Report on sanitation, dispensaries, and jails in Rajputana for 1911, and on vaccination for the year 1911-1912 - 1911-1912
Year: 1911
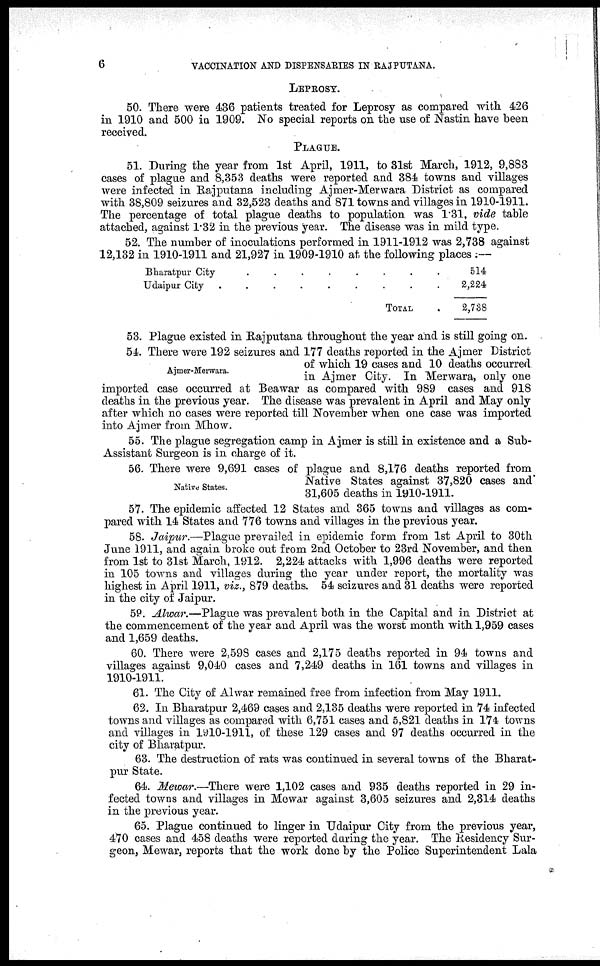
6
VACCINATION AND DISPENSARIES IN RAJPUTANA.
LEPROSY.
50. There were 436 patients treated for Leprosy as compared with 426
in 1910 and 500 in 1909. No special reports on the use of Nastin have been
received.
PLAGUE.
51. During the year from 1st April, 1911, to 31st March, 1912, 9,883
cases of plague and 8,353 deaths were reported and 384 towns and villages
were infected in Rajputana including Ajmer-Merwara District as compared
with 38,809 seizures and 32,523 deaths and 871 towns and villages in 1910-1911.
The percentage of total plague deaths to population was 1.31, vide table
attached, against 1.32 in the previous year. The disease was in mild type.
52. The number of inoculations performed in 1911-1912 was 2,738 against
12,132 in 1910-1911 and 21,927 in 1909-1910 at the following places :—
Bharatpur City
.
.
.
.
Udaipur City
.
.
.
.
TOTAL .
514
2,224
2,738
53. Plague existed in Rajputana throughout the year and is still going on.
Ajmer-Merwara.
54. There were 192 seizures and 177 deaths reported in the Ajmer District
of which 19 cases and 10 deaths occurred
in Ajmer City. In Merwara, only one
imported case occurred at Beawar as compared with 989 cases and 918
deaths in the previous year. The disease was prevalent in April and May only
after which no cases were reported till November when one case was imported
into Ajmer from Mhow.
55. The plague segregation camp in Ajmer is still in existence and a Sub-
Assistant Surgeon is in charge of it.
Native States.
56. There were 9,691 cases of plague and 8,176 deaths reported from
Native States against 37,820 cases and
31,605 deaths in 1910-1911.
57. The epidemic affected 12 States and 365 towns and villages as com-
pared with 14 States and 776 towns and villages in the previous year.
58. Jaipur.—Plague prevailed in epidemic form from 1st April to 30th
June 1911, and again broke out from 2nd October to 23rd November, and then
from 1st to 31st March, 1912. 2,224 attacks with 1,996 deaths were reported
in 105 towns and villages during the year under report, the mortality was
highest in April 1911, viz., 879 deaths. 54 seizures and 31 deaths were reported
in the city of Jaipur.
59. Alwar.—Plague was prevalent both in the Capital and in District at
the commencement of the year and April was the worst month with 1,959 cases
and 1,659 deaths.
60. There were 2,598 cases and 2,175 deaths reported in 94 towns and
villages against 9,040 cases and 7,249 deaths in 161 towns and villages in
1910-1911.
61. The City of Alwar remained free from infection from May 1911.
62. In Bharatpur 2,469 cases and 2,135 deaths were reported in 74 infected
towns and villages as compared with 6,751 cases and 5,821 deaths in 174 towns
and villages in 1910-1911, of these 129 cases and 97 deaths occurred in the
city of Bharatpur.
63. The destruction of rats was continued in several towns of the Bharat-
pur State.
64. Mewar.—There were 1,102 cases and 935 deaths reported in 29 in-
fected towns and villages in Mewar against 3,605 seizures and 2,314 deaths
in the previous year.
65. Plague continued to linger in Udaipur City from the previous year,
470 cases and 458 deaths were reported daring the year. The Residency Sur-
geon, Mewar, reports that the work done by the Police Superintendent Lala